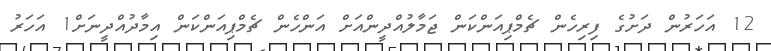
12 އަހަރުން ދަށުގެ ފިރިހެން ޗެމްޕިއަންކަން ޖަމާލުއްދީންއަށް އަންހެން ޗެމްޕިއަންކަން އިމާދުއްދީނަށް1 އަހަރު